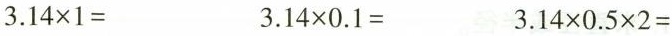
$$3.14 \times 1=$$ $$3.14 \times 0.1=$$ $$3.14 \times 0.5 \times 2=$$